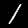
Label: 1